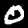
Digit: 0